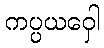
ကပ္ပယဝှေါ